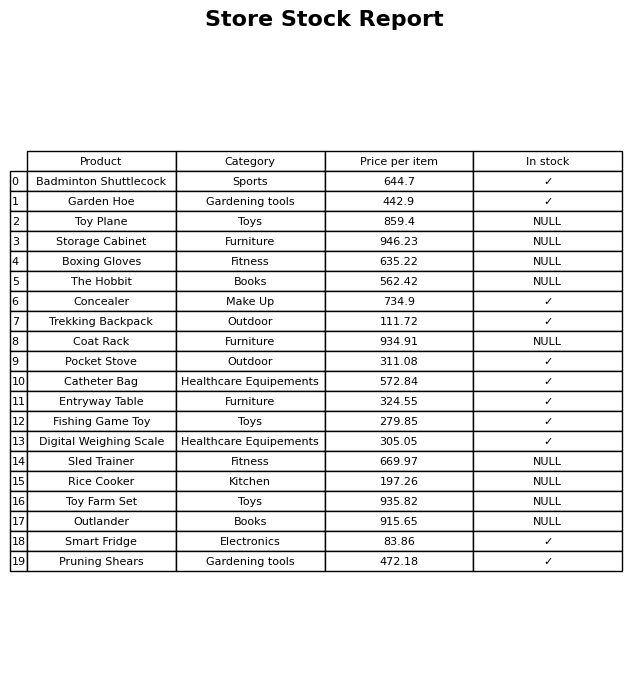
question: What category does the Badminton Shuttlecock belong to?
answer: Sports